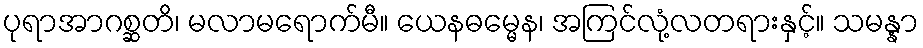
ပုရာအာဂစ္ဆတိ၊ မလာမရောက်မီ။ ယေနဓမ္မေန၊ အကြင်လုံ့လတရားနှင့်။ သမန္နာ